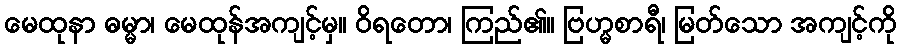
မေထုနာ ဓမ္မာ၊ မေထုန်အကျင့်မှ။ ဝိရတော၊ ကြည်၏။ ဗြဟ္မစာရီ၊ မြတ်သော အကျင့်ကို